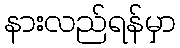
နားလည်ရန်မှာ